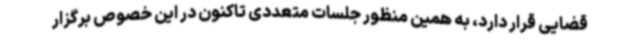
قضایی قرار دارد، به همین منظور جلسات متعددی تاکنون در این خصوص برگزار